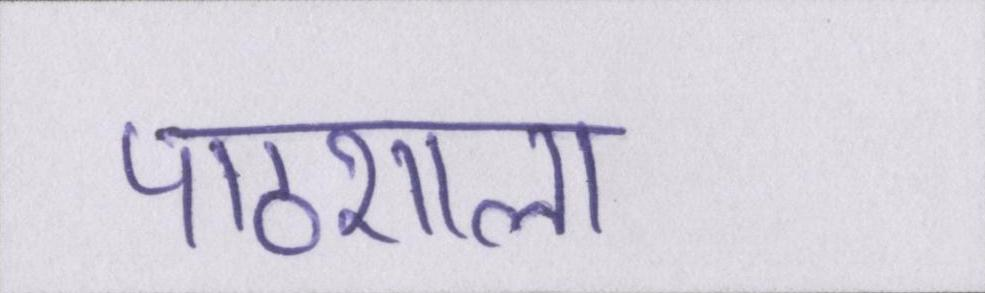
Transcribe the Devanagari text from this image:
पाठशाला